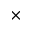
\times